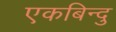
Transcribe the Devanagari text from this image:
एकबिन्दु